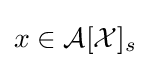
x\in {\mathcal {A}}[{\mathcal {X}}]_{s}